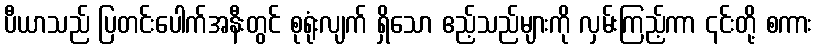
ပီယာသည် ပြတင်းပေါက်အနီးတွင် စုရုံးလျက် ရှိသော ဧည့်သည်များကို လှမ်းကြည့်ကာ ၎င်းတို့ စကား